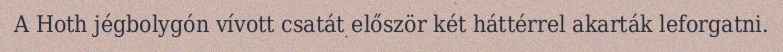
A Hoth jégbolygón vívott csatát először két háttérrel akarták leforgatni.